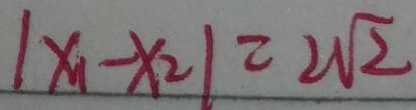
\vert x _ { 1 } - x _ { 2 } \vert = 2 \sqrt { 2 }